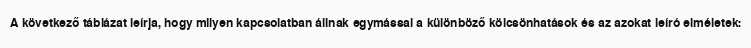
A következő táblázat leírja, hogy milyen kapcsolatban állnak egymással a különböző kölcsönhatások és az azokat leíró elméletek: